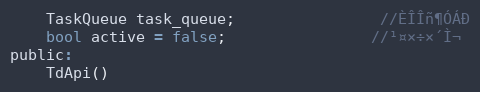
Language: C
	TaskQueue task_queue;                //ÈÎÎñ¶ÓÁÐ
	bool active = false;                //¹¤×÷×´Ì¬
public:
	TdApi()